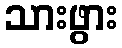
သားဖွား